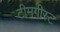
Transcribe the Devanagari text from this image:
टीमगीस्ट